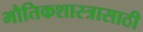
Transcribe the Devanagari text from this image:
भौतिकशास्त्रासाठी